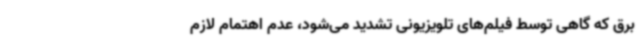
برق که گاهی توسط فیلم‌های تلویزیونی تشدید می‌شود، عدم اهتمام لازم